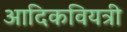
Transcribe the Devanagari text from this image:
आदिकवियत्री